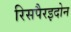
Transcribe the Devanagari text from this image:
रिसपैरइदोन